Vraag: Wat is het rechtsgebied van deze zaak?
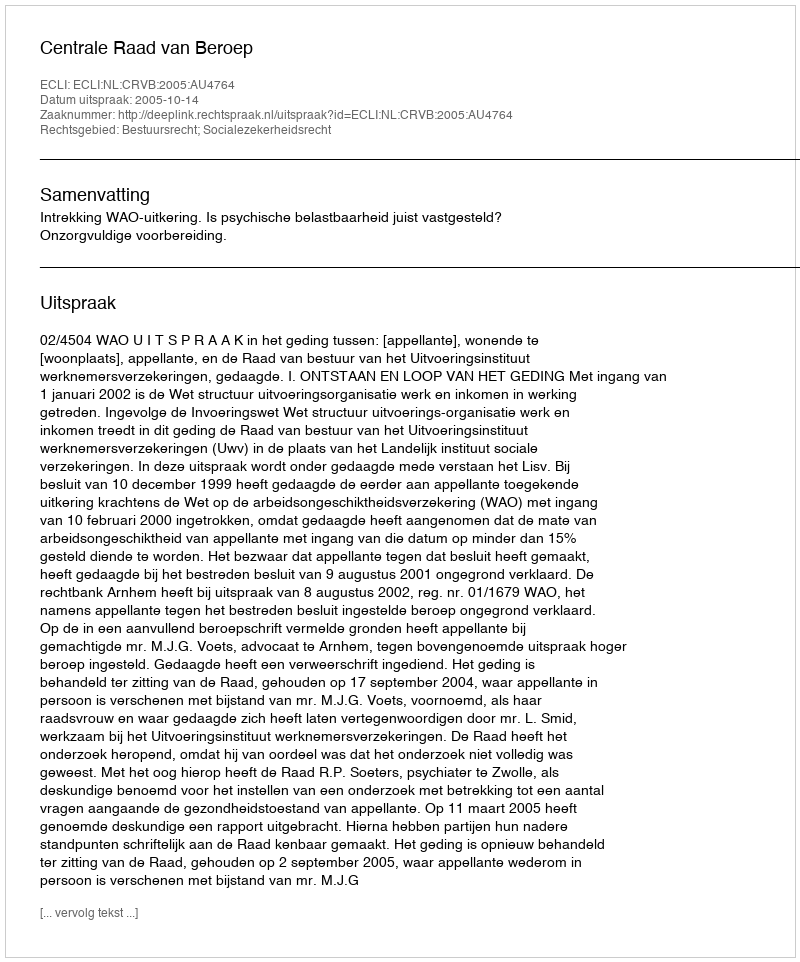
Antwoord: Bestuursrecht; Socialezekerheidsrecht